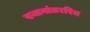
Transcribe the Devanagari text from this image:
स्थानांतररित